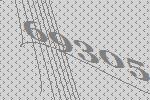
69305